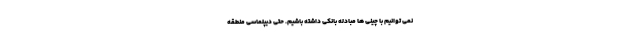
نمی توانیم با چینی ها مبادله بانکی داشته باشیم. حتی دیپلماسی منطقه